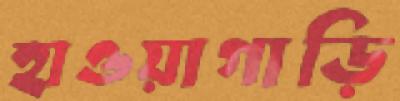
হাওয়াগাড়ি